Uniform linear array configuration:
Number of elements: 32
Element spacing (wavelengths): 1
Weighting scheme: hamming
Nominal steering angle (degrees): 60
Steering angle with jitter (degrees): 59.635
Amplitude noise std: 0.05
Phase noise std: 0.05

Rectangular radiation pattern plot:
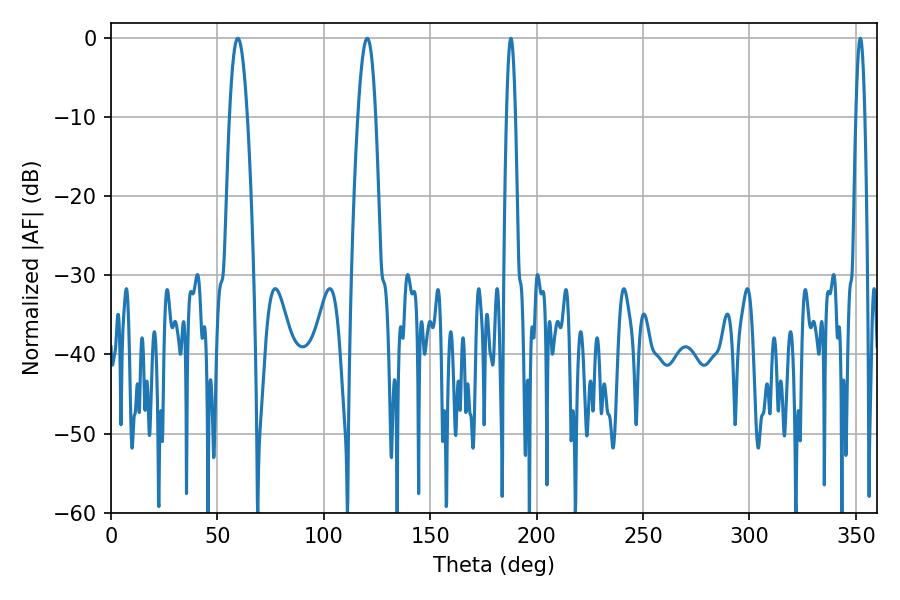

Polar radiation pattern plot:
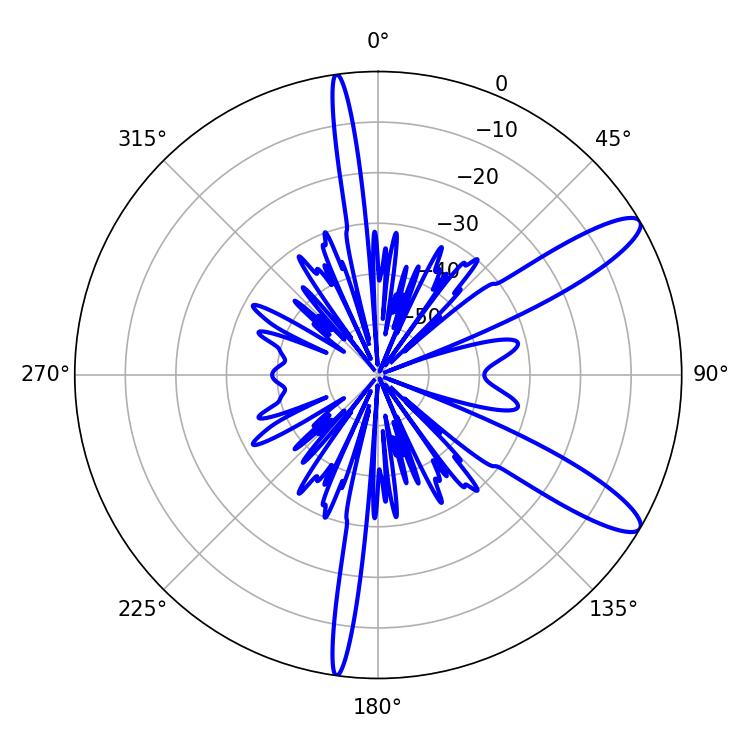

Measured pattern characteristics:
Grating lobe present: TRUE
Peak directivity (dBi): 11.59
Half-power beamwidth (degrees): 4.5
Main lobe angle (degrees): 59.58